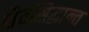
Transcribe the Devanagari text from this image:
शैवसिद्धान्त